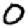
Digit: 0